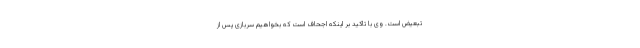
تبعیض است. وی با تاکید بر اینکه اجحاف است که بخواهیم سربازی پس از